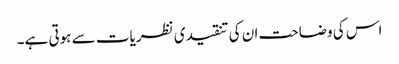
اس کی وضاحت ان کی تنقیدی نظریات سے ہوتی ہے۔